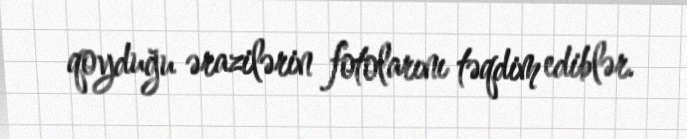
qoyduğu ərazilərin fotolarını təqdim ediblər.